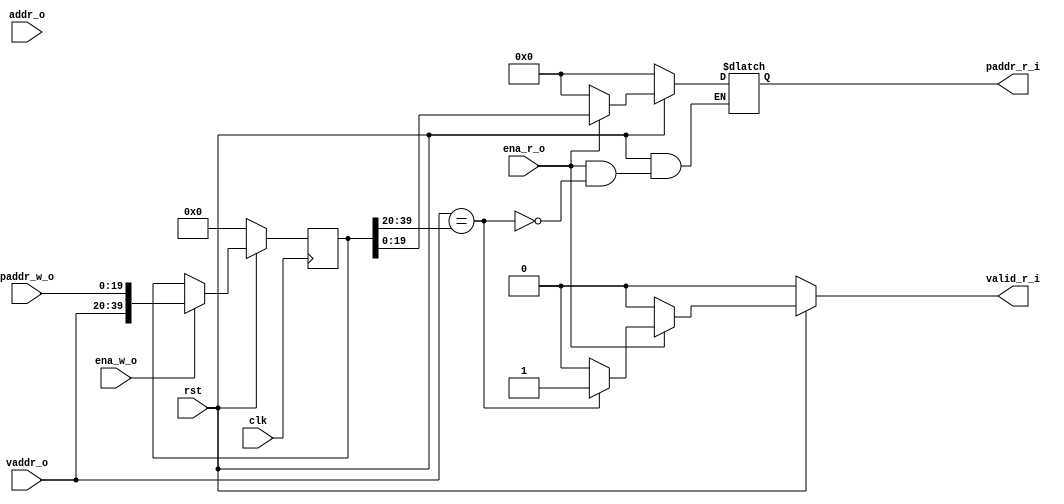
module tlb(

input clk,
input rst,


input		ena_r_o,
input[19:0]	vaddr_o,

input		ena_w_o,
input[3:0]	addr_o,
input[19:0]	paddr_w_o,


output reg[19:0]	paddr_r_i,
output reg		valid_r_i
);


reg[39:0] reg1;


always @(posedge clk) begin
	if(!rst) begin
		reg1 <= 0;
	end
	else if(ena_w_o) begin
		reg1 <={vaddr_o,paddr_w_o};
	end
	else begin
		reg1 <= reg1 ;
		
	end
	
end

always @(*) begin
	if(!rst) begin
		paddr_r_i <= 0;
		valid_r_i <= 0;
	end
	else if(ena_r_o) begin
		if(vaddr_o == reg1[39:20] ) begin
			paddr_r_i <= reg1[19:0];
			valid_r_i <= 1;
		end
		else begin
			valid_r_i <= 0;
		end
	end
	else begin
		paddr_r_i <= 0;
		valid_r_i <= 0;
	end
	
end



endmodule